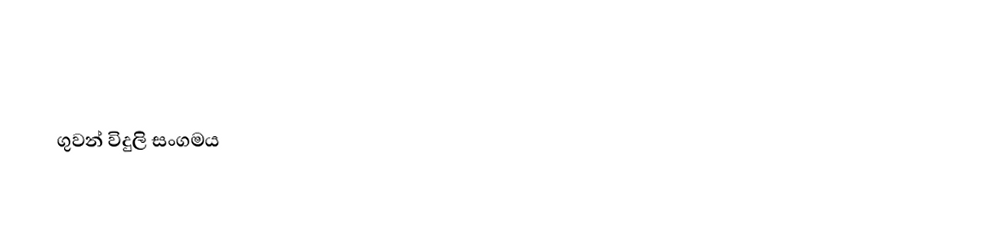

ගුවන් විදුලි සංගමය